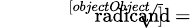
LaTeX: \scriptstyle{\sqrt[[objectObject]]{\scriptstyle{\mathrm{radicand}}}}\, =